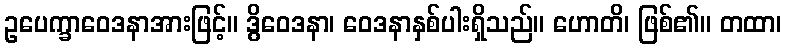
ဥပေက္ခာဝေဒနာအားဖြင့်။ ဒွိဝေဒနာ၊ ဝေဒနာနှစ်ပါးရှိသည်။ ဟောတိ၊ ဖြစ်၏။ တထာ၊